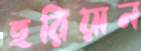
হরিয়ান